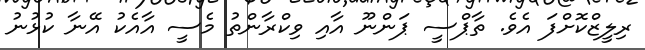
ރިލީޒްކޮށްފަ އެވެ. ތާޕްސީ ޕަންނޫ އާއި ވިކްރާންތު މެސީ އާއެކު އޭނާ ކުޅުނު